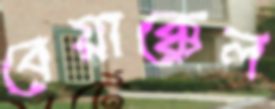
বেয়াক্কেল